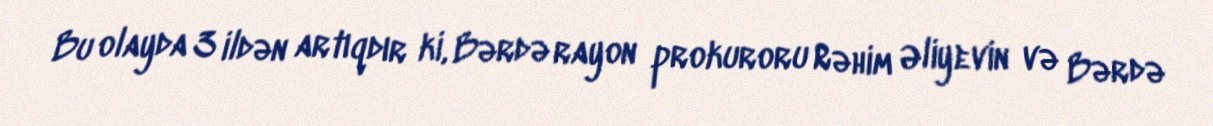
Bu olayda 3 ildən artıqdır ki, Bərdə rayon prokuroru Rəhim Əliyevin və Bərdə